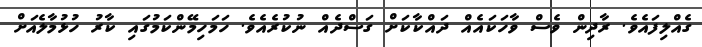
ގެއްލިފައެވެ. ރާދިން ވެސް ވާހަކައެއް ދައްކާކަށް ގަސްދެއް ނުކުރެއެވެ. ހަމަހިމޭންކަމުގައި ކާރު ހުޅުމާލެއަށް